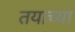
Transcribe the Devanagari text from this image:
तयाच्या